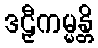
ဒဠှီကမ္မန္တိ